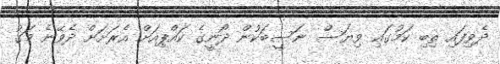
ދެވިފައި ތިބި ކަމުގައި ވިޔަސް ނަސީބަކުން ދޯނީގެ ކައްޕިއަށް އެރަށަށް ދެވޭނެ މަގު